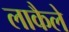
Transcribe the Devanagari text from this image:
लाकैले